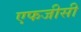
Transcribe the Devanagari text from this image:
एफजीसी